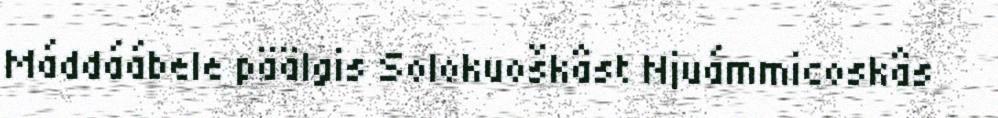
Máddáábele päälgis Solokuoškâst Njuámmicoskâs